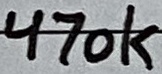
Text: 470k